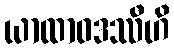
ယာထာဝဒဿီဟိ